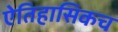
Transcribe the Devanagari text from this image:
ऐतिहासिकच